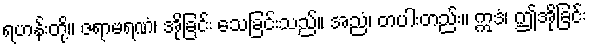
ရဟန်းတို့။ ဇရာမရဏံ၊ အိုခြင်း သေခြင်းသည်။ အညံ၊ တပါးတည်း။ ဣဒံ၊ ဤအိုခြင်း